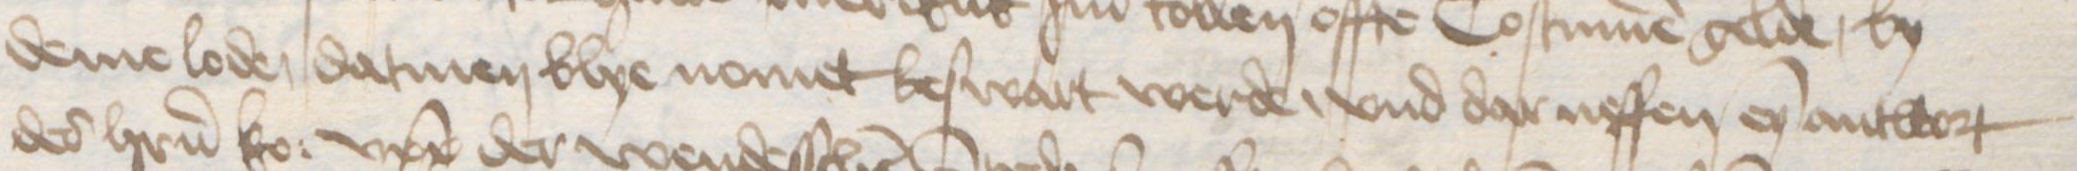
Transcription: deme loden datmen blye nomet beswart werde, vnd dar neffen eyn antwort